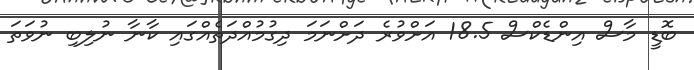
ބޮޑީ މާސް އިންޑެކްސް 18.5 އަށްވުރެ ދަށްނަމަ ދިގުމުއްދަތެއްގައި ކާނާ ނުލިބި ނުވަތަ